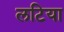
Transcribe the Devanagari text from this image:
लटिया